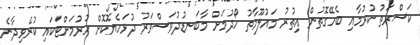
ކަސްރަތު ކުރުމާއި ބެހޭގޮތުން އިތުރު މައުލޫމާތު ހޯދުމަށް މާބަނޑުދުވަސްވަރު ދުޅަހެޔޮކޮށް ހުރުމަށްޓަކައި ކުރެވިދާނެ